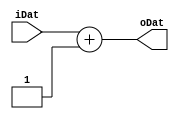
module Increment #(parameter width = 5)(
	input [width-1:0]iDat,
	output reg [width-1:0]oDat
);

	always@(iDat)
	begin
		oDat=iDat+1;
	end

endmodule